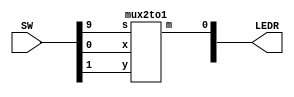
`timescale 1ns / 1ns // `timescale time_unit/time_precision

//SW[2:0] data inputs
//SW[9] select signal

//LEDR[0] output display

module mux(LEDR, SW);
   input [9:0] SW;
   output [9:0] LEDR;

   mux2to1 u0(
              .x(SW[0]),
              .y(SW[1]),
              .s(SW[9]),
              .m(LEDR[0])
              );
endmodule

module mux2to1(x, y, s, m);
   input x; //selected when s is 0
   input y; //selected when s is 1
   input s; //select signal
   output m; //output
   
   assign m = s & y | ~s & x;
   // OR
   // assign m = s ? y : x;

endmodule


module mux4to1(u, v, w, x, s0, s1, m);
   input u, v, w, x;
   input s0, s1;
   output m;
   wire   m0, m1;

   mux2to1 u0(
              .x(u),
              .y(v),
              .s(s0),
              .m(m0)
              );
   mux2to1 u1(
              .x(w),
              .y(x),
              .s(s0),
              .m(m1)
              );
   mux2to1 u2(
              .x(m0),
              .y(m1),
              .s(s1),
              .m(m)
              );

endmodule